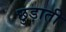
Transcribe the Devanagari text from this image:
छुड़ाती